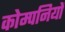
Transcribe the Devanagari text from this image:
कोम्पनियों